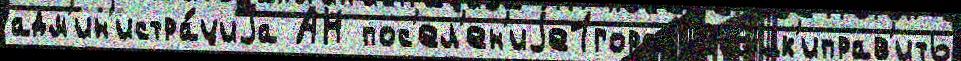
адм'ин'истра́циjа АН пос'ел'ен'иjе1город Ссылк'иправ'ить